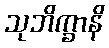
သုဘိက္ခာနိ